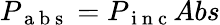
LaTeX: P_{\mathrm{~a~b~s~}}=P_{\mathrm{~i~n~c~}}Abs